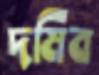
দমিব